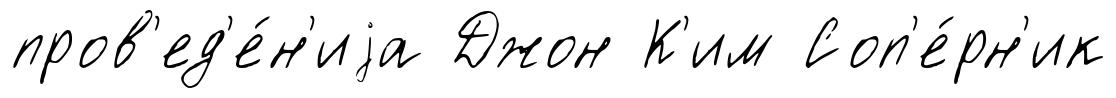
пров'ед'е́н'иjа Джон К'им Соп'е́рн'ик